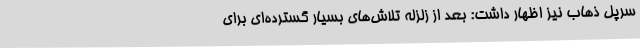
سرپل ذهاب نیز اظهار داشت: بعد از زلزله تلاش‌های بسیار گسترده‌ای برای